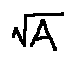
\sqrt { A }